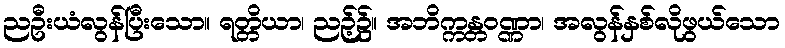
ညဦးယံလွန်ပြီးသော။ ရတ္တိယာ၊ ညဉ့်၌။ အဘိက္ကန္တဝဏ္ဏာ၊ အလွန်နှစ်လိုဖွယ်သော